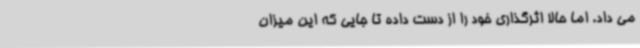
می داد. اما حالا اثرگذاری خود را از دست داده تا جایی که این میزان